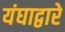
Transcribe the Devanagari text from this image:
यंघाद्वारे